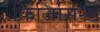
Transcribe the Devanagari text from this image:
फिजिसिस्ट